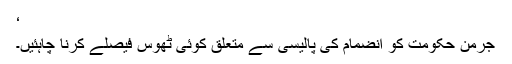
‘
جرمن حکومت کو انضمام کی پالیسی سے متعلق کوئی ٹھوس فیصلے کرنا چاہئیں۔